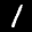
Label: 1